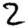
Digit: 2